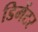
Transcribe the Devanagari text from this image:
डिमेंटर